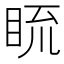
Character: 𥆆